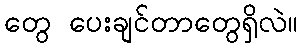
တွေ ပေးချင်တာတွေရှိလဲ။